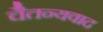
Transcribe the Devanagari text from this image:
चैतन्यवाद